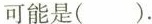
可能是( ).